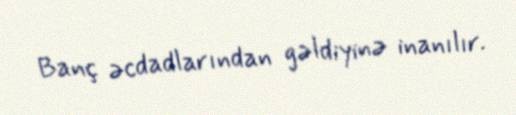
Banç əcdadlarından gəldiyinə inanılır.